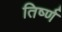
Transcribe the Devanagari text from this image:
तिर्ष्ण